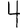
Digit: 4